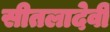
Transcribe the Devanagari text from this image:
सीतलादेवी